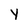
Character: Y